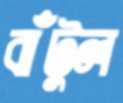
বাঁটুল